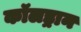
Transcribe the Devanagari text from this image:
कॉलड्रान